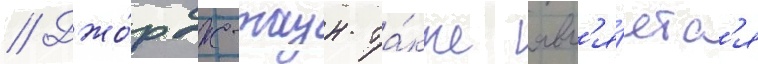
// Джо́рдж-таун та́кже явл'я́етс'я